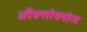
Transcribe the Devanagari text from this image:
अर्टैक्सरेक्सेज